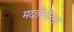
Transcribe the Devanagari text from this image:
मदतीनेउभा